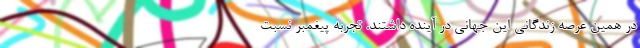
در همین عرصه زندگانی این جهانی در آینده داشتند. تجربه پیغمبر نسبت